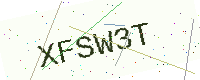
Text: XFSW3T